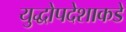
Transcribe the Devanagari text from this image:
युद्धोपदेशाकडे